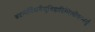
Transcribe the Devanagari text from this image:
त्वदन्यैर्निसर्गेन्दुचिह्नादिभिर्लोकभर्तुः